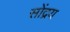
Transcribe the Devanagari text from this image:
सोंद्रय